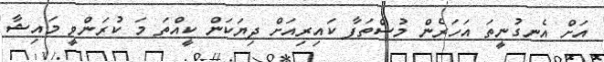
އަށް އެނގުނީތަ އަހަރެން މުސްތަފާ ކައިރިއަށް ދިޔަކަން ކީއްތަ މަ ކުރަންވީ މައިޝާ